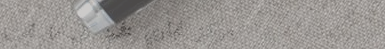
مركز تجاري فخم: كل ما تحت